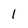
Character: 1